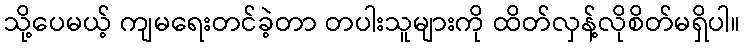
သို့ပေမယ့် ကျမရေးတင်ခဲ့တာ တပါးသူများကို ထိတ်လှန့်လိုစိတ်မရှိပါ။